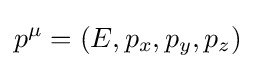
p^{\mu }=\left(E,p_{x},p_{y},p_{z}\right)